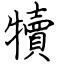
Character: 犢